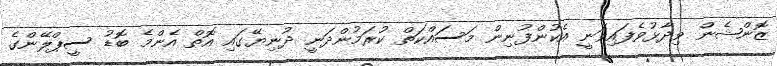
ޒޮންޝެން ވިދާޅުވެފައިވަނީ އެކުންފުނިން މަސައްކަތް ކުރަމުންދަނީ ދުނިޔޭގައި އޮތް އެންމެ ބޮޑު ސީޕްލޭންގެ